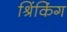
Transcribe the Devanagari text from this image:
श्रिंकिंग